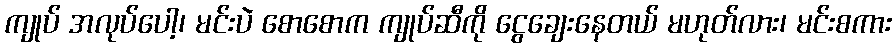
ကျုပ် အလုပ်ပေါ့၊ မင်းပဲ စောစောက ကျုပ်ဆီကို ငွေချေးနေတယ် မဟုတ်လား၊ မင်းစကား